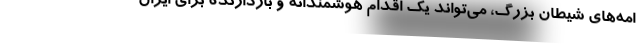
امه‌های شیطان بزرگ، می‌تواند یک اقدام هوشمندانه و بازدارنده برای ایران